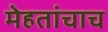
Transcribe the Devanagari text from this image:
मेहतांचाच